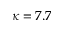
\kappa = 7 . 7